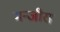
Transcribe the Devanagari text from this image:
मन्जीरा